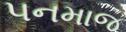
પનમાજ